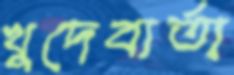
খুদেবার্তা